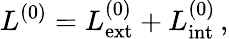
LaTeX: L^{(0)}=L_{\mathrm{ext}}^{(0)}+L_{\mathrm{int}}^{(0)}\, ,